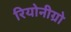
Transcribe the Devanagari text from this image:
रियोनीग्रो